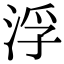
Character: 浮